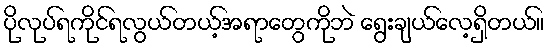
ပိုလုပ်ရကိုင်ရလွယ်တယ့်အရာတွေကိုဘဲ ရွေးချယ်လေ့ရှိတယ်။